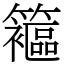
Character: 䉱